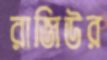
রাজিউর